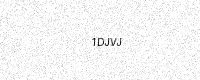
Text: 1DJVJ